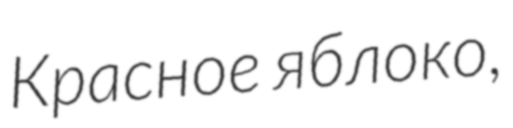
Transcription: Красное яблоко,